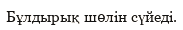
Бұлдырық шөлін сүйеді.